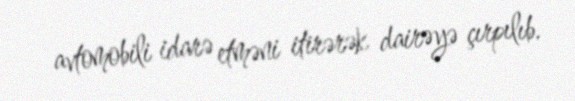
avtomobili idarə etməni itirərək dairəyə çırpılıb.